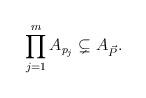
LaTeX: \begin{align*} \prod_{j=1}^{m} A_{p_{j}} &\subsetneq A_{\vec{P}}.\end{align*}